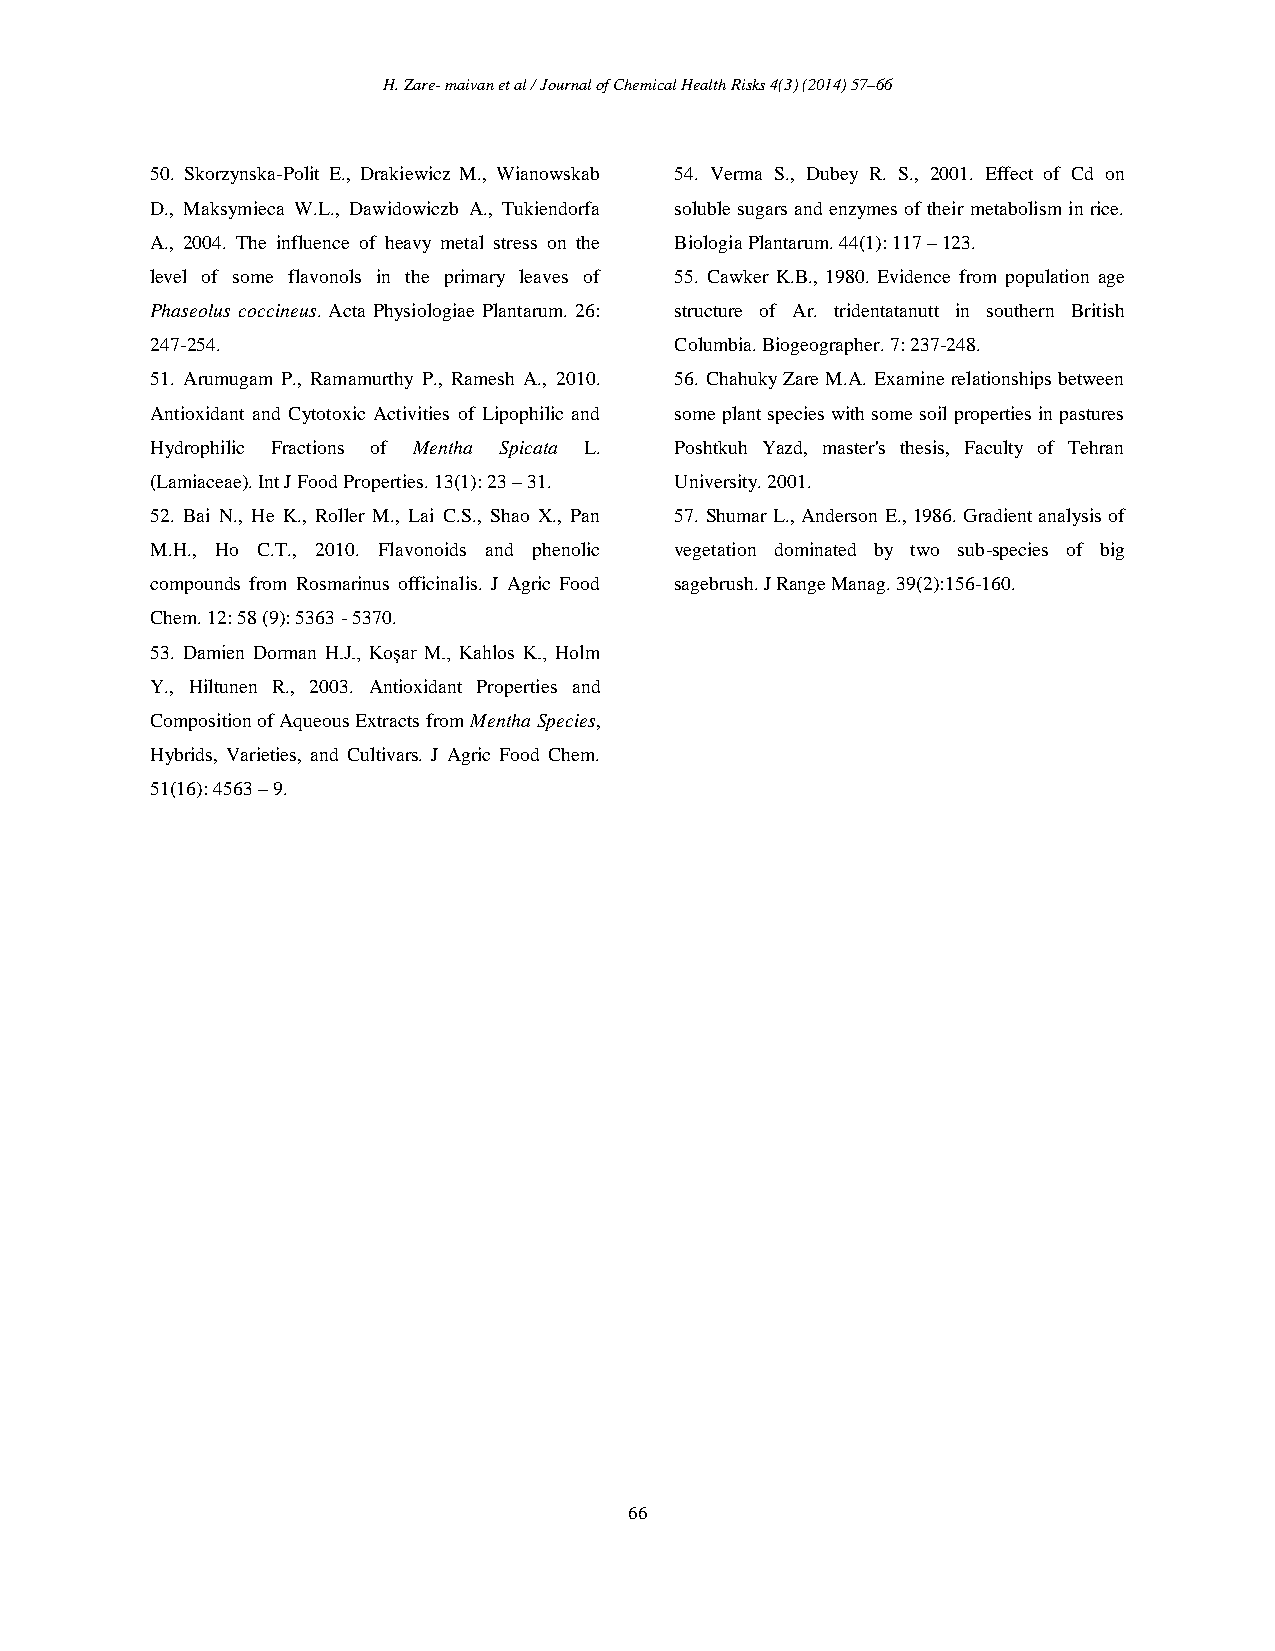
H. Zare- maivan et al / Journal of Chemical Health Risks 4(3) (2014) 57–66
 50. Skorzynska-Polit E., Drakiewicz M., Wianowskab 54. Verma S., Dubey R. S., 2001. Effect of Cd on
 D., Maksymieca W.L., Dawidowiczb A., Tukiendorfa soluble sugars and enzymes of their metabolism in rice.
 A., 2004. The influence of heavy metal stress on the Biologia Plantarum. 44(1): 117 – 123.
 level of some flavonols in the primary leaves of 55. Cawker K.B., 1980. Evidence from population age
 Phaseolus coccineus. Acta Physiologiae Plantarum. 26: structure of Ar. tridentatanutt in southern British
 247-254.                           Columbia. Biogeographer. 7: 237-248.
 51. Arumugam P., Ramamurthy P., Ramesh A., 2010. 56. Chahuky Zare M.A. Examine relationships between
 Antioxidant and Cytotoxic Activities of Lipophilic and some plant species with some soil properties in pastures
 Hydrophilic Fractions of Mentha Spicata L. Poshtkuh Yazd, master's thesis, Faculty of Tehran
 (Lamiaceae). Int J Food Properties. 13(1): 23 – 31. University. 2001.
 52. Bai N., He K., Roller M., Lai C.S., Shao X., Pan 57. Shumar L., Anderson E., 1986. Gradient analysis of
 M.H., Ho C.T., 2010. Flavonoids and phenolic vegetation dominated by two sub-species of big
 compounds from Rosmarinus officinalis. J Agric Food sagebrush. J Range Manag. 39(2):156-160.
 Chem. 12: 58 (9): 5363 - 5370.
 53. Damien Dorman H.J., Koşar M., Kahlos K., Holm
 Y., Hiltunen R., 2003. Antioxidant Properties and
 Composition of Aqueous Extracts from Mentha Species,
 Hybrids, Varieties, and Cultivars. J Agric Food Chem.
 51(16): 4563 – 9.
 66